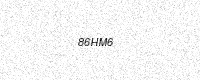
Text: 86HM6